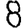
Digit: 8